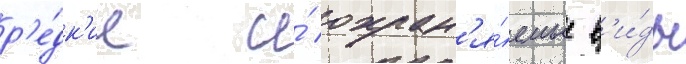
р'е́дк'ие и́ охран'я́емые в'и́ды